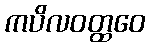
ကပိလဝတ္ထဝေ